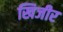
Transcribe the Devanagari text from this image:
खिजीर